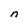
Character: n